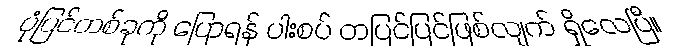
ပုံပြင်တစ်ခုကို ပြောရန် ပါးစပ် တပြင်ပြင်ဖြစ်လျက် ရှိလေပြီ။